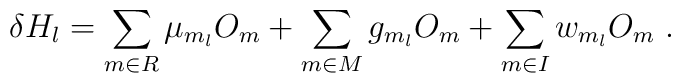
\delta H_l = \sum_{m\in R} \mu_{m_l}O_m +\sum_{m\in M} g_{m_l}O_m+\sum_{m\in I} w_{m_l}O_m \;.